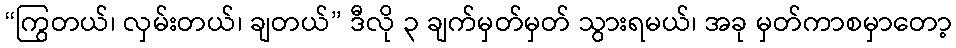
“ကြွတယ်၊ လှမ်းတယ်၊ ချတယ်” ဒီလို ၃ ချက်မှတ်မှတ် သွားရမယ်၊ အခု မှတ်ကာစမှာတော့